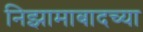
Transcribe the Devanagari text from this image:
निझामाबादच्या